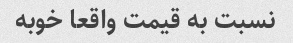
نسبت به قیمت واقعا خوبه